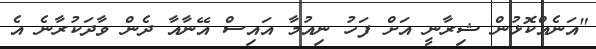
"އަނެއްކޮޅުން ޝިރާނީ އަށް ފަހު ނިއުމާ އައިސް އޭނާއާ ދެން ވާދަކުރާނެ އެ